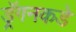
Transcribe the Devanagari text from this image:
ड्रॅगनकडे